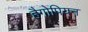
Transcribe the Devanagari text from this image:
हैगोपियन